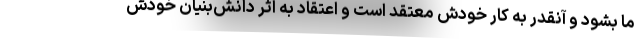
ما بشود و آنقدر به کار خودش معتقد است و اعتقاد به اثر دانش‌بنیان خودش